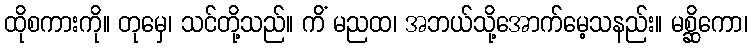
ထိုစကားကို။ တုမှေ၊ သင်တို့သည်။ ကိံ မညထ၊ အဘယ်သို့အောက်မေ့သနည်း။ မစ္ဆိကော၊